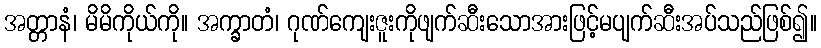
အတ္တာနံ၊ မိမိကိုယ်ကို။ အက္ခာတံ၊ ဂုဏ်ကျေးဇူးကိုဖျက်ဆီးသောအားဖြင့်မပျက်ဆီးအပ်သည်ဖြစ်၍။